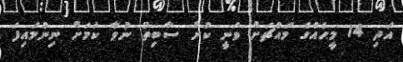
އަދި 14 މީހެއްގެ މަައްޗަށް ވަނީ ކުށް ސާބިތު ނުވާ ކަމަށް ނިންމައިފަ